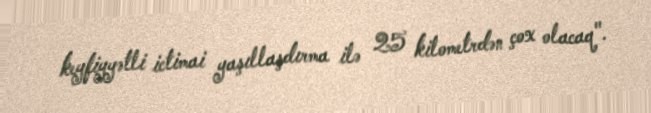
keyfiyyətli ictimai yaşıllaşdırma ilə 25 kilometrdən çox olacaq".